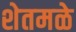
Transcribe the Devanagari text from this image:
शेतमळे